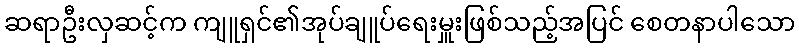
ဆရာဦးလှဆင့်က ကျူရှင်၏အုပ်ချူပ်ရေးမှူးဖြစ်သည့်အပြင် စေတနာပါသော